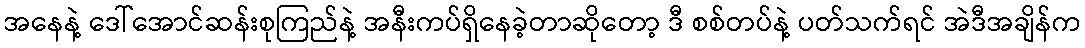
အနေနဲ့ ဒေါ်အောင်ဆန်းစုကြည်နဲ့ အနီးကပ်ရှိနေခဲ့တာဆိုတော့ ဒီ စစ်တပ်နဲ့ ပတ်သက်ရင် အဲဒီအချိန်က